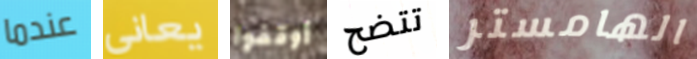
عندما يعاني أوقفوا تتضح الهامستر